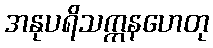
အနုပရိသက္ကနဟေတု